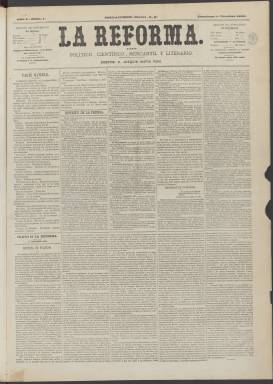
Título: La Reforma (Madrid. 1865)
Colección: Periódicos
Ámbito geográfico: Madrid
Lugar de publicación: Madrid
Fechas: 01/10/1865-25/11/1869

Debido a su mal estado de conservación no ha sido posible digitalizar por el momento el volumen del primer semestre de 1868.